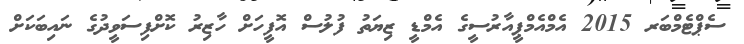
ސެޕްޓެމްބަރ 2015 އެމްއެމްޕީއާރުސީގެ އެމްޑީ ޒިޔަތު ފުލުސް އޮފީހަށް ހާޒިރު ކޮށްފިސަވީދުގެ ނައިބަކަށް